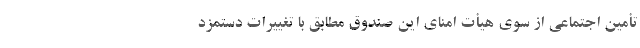
تأمین اجتماعی از سوی هیأت امنای این صندوق مطابق با تغییرات دستمزد